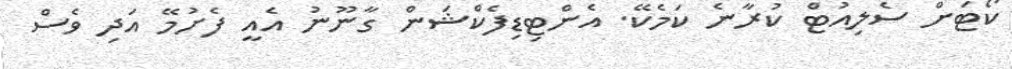
ކޯޓަށް ސެލިއުޓް ކުރާނެ ކަމެކޭ. އެންޓިޑިފެކްޝަން ގާނޫނު އެއީ ފެށުމޭ އަދި ވެސް